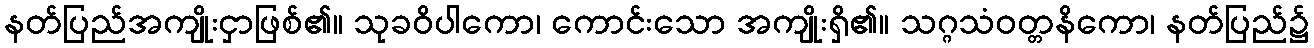
နတ်ပြည်အကျိုးငှာဖြစ်၏။ သုခဝိပါကော၊ ကောင်းသော အကျိုးရှိ၏။ သဂ္ဂသံဝတ္တနိကော၊ နတ်ပြည်၌